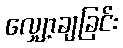
လျှော့ချခြင်း